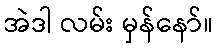
အဲဒါ လမ်း မှန်နော်။